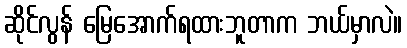
ဆိုင်လွန် မြေအောက်ရထားဘူတာက ဘယ်မှာလဲ။